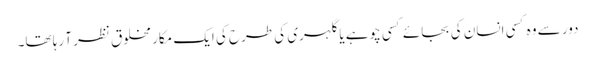
دور سے وہ کسی انسان کی بجائے کسی چوہے یا گلہری کی طرح کی ایک مکار مخلوق نظر آ رہا تھا۔